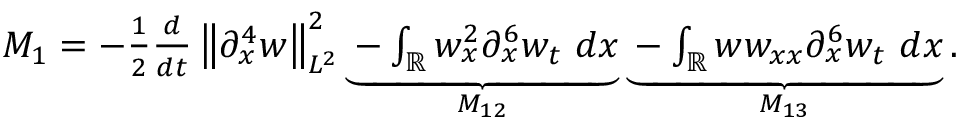
\begin{array} { r } { M _ { 1 } = - \frac { 1 } { 2 } \frac { d } { d t } \left\| \partial _ { x } ^ { 4 } w \right\| _ { L ^ { 2 } } ^ { 2 } \underbrace { - \int _ { \mathbb { R } } w _ { x } ^ { 2 } \partial _ { x } ^ { 6 } w _ { t } \ d x } _ { M _ { 1 2 } } \underbrace { - \int _ { \mathbb { R } } w w _ { x x } \partial _ { x } ^ { 6 } w _ { t } \ d x } _ { M _ { 1 3 } } . } \end{array}